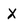
Character: X